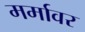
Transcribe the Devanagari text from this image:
मर्मावर